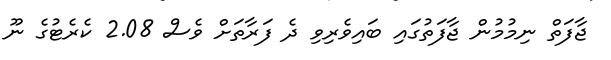
ޖާފަތް ނިމުމުން ޖާފަތުގައި ބައިވެރިވި ދެ ފަރާތަށް ވެސް 2.08 ކެރެޓުގެ ނޫ